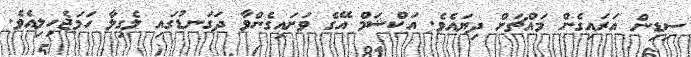
ސިޑިން އަރައިގެން މައްޗަށް ދިޔައެވެ. އަކްޝަމް އޭގެ ވަށައިގެންވާ ދަގަނޑުގައި ލެގިލާ ހަމަޖެހިލިއެވެ.